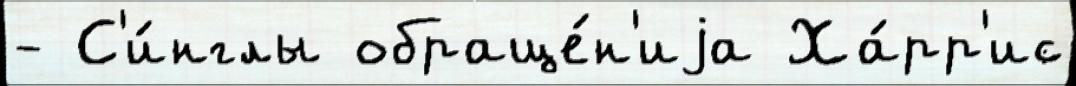
- С'и́нглы обраще́н'иjа Ха́рр'ис